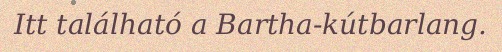
Itt található a Bartha-kútbarlang.